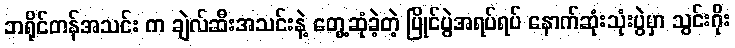
ဘရိုင်တန်အသင်း က ချဲလ်ဆီးအသင်းနဲ့ တွေ့ဆုံခဲ့တဲ့ ပြိုင်ပွဲအရပ်ရပ် နောက်ဆုံးသုံးပွဲမှာ သွင်းဂိုး